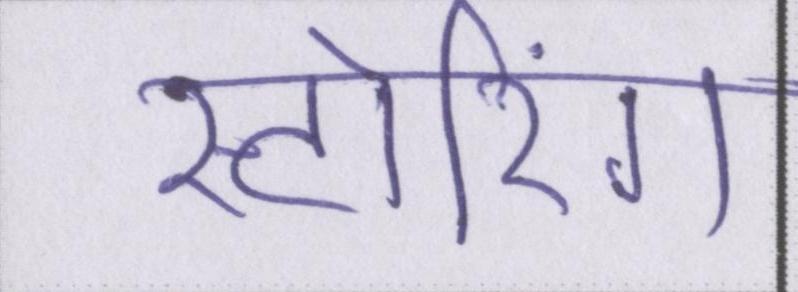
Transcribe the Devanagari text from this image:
स्टोरिंग